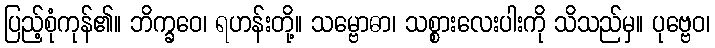
ပြည့်စုံကုန်၏။ ဘိက္ခဝေ၊ ရဟန်းတို့။ သမ္ဗောဓာ၊ သစ္စားလေးပါးကို သိသည်မှ။ ပုဗ္ဗေဝ၊